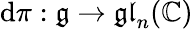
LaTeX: \mathrm{d}\pi:{\mathfrak{{g}}}\to{\mathfrak{{gl}}}_{n}(\mathbb{{C}})